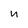
Character: n